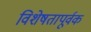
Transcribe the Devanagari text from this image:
विशेषतापूर्वक